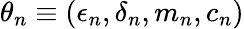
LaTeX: \theta_{n}\equiv(\epsilon_{n},\delta_{n},m_{n},c_{n})